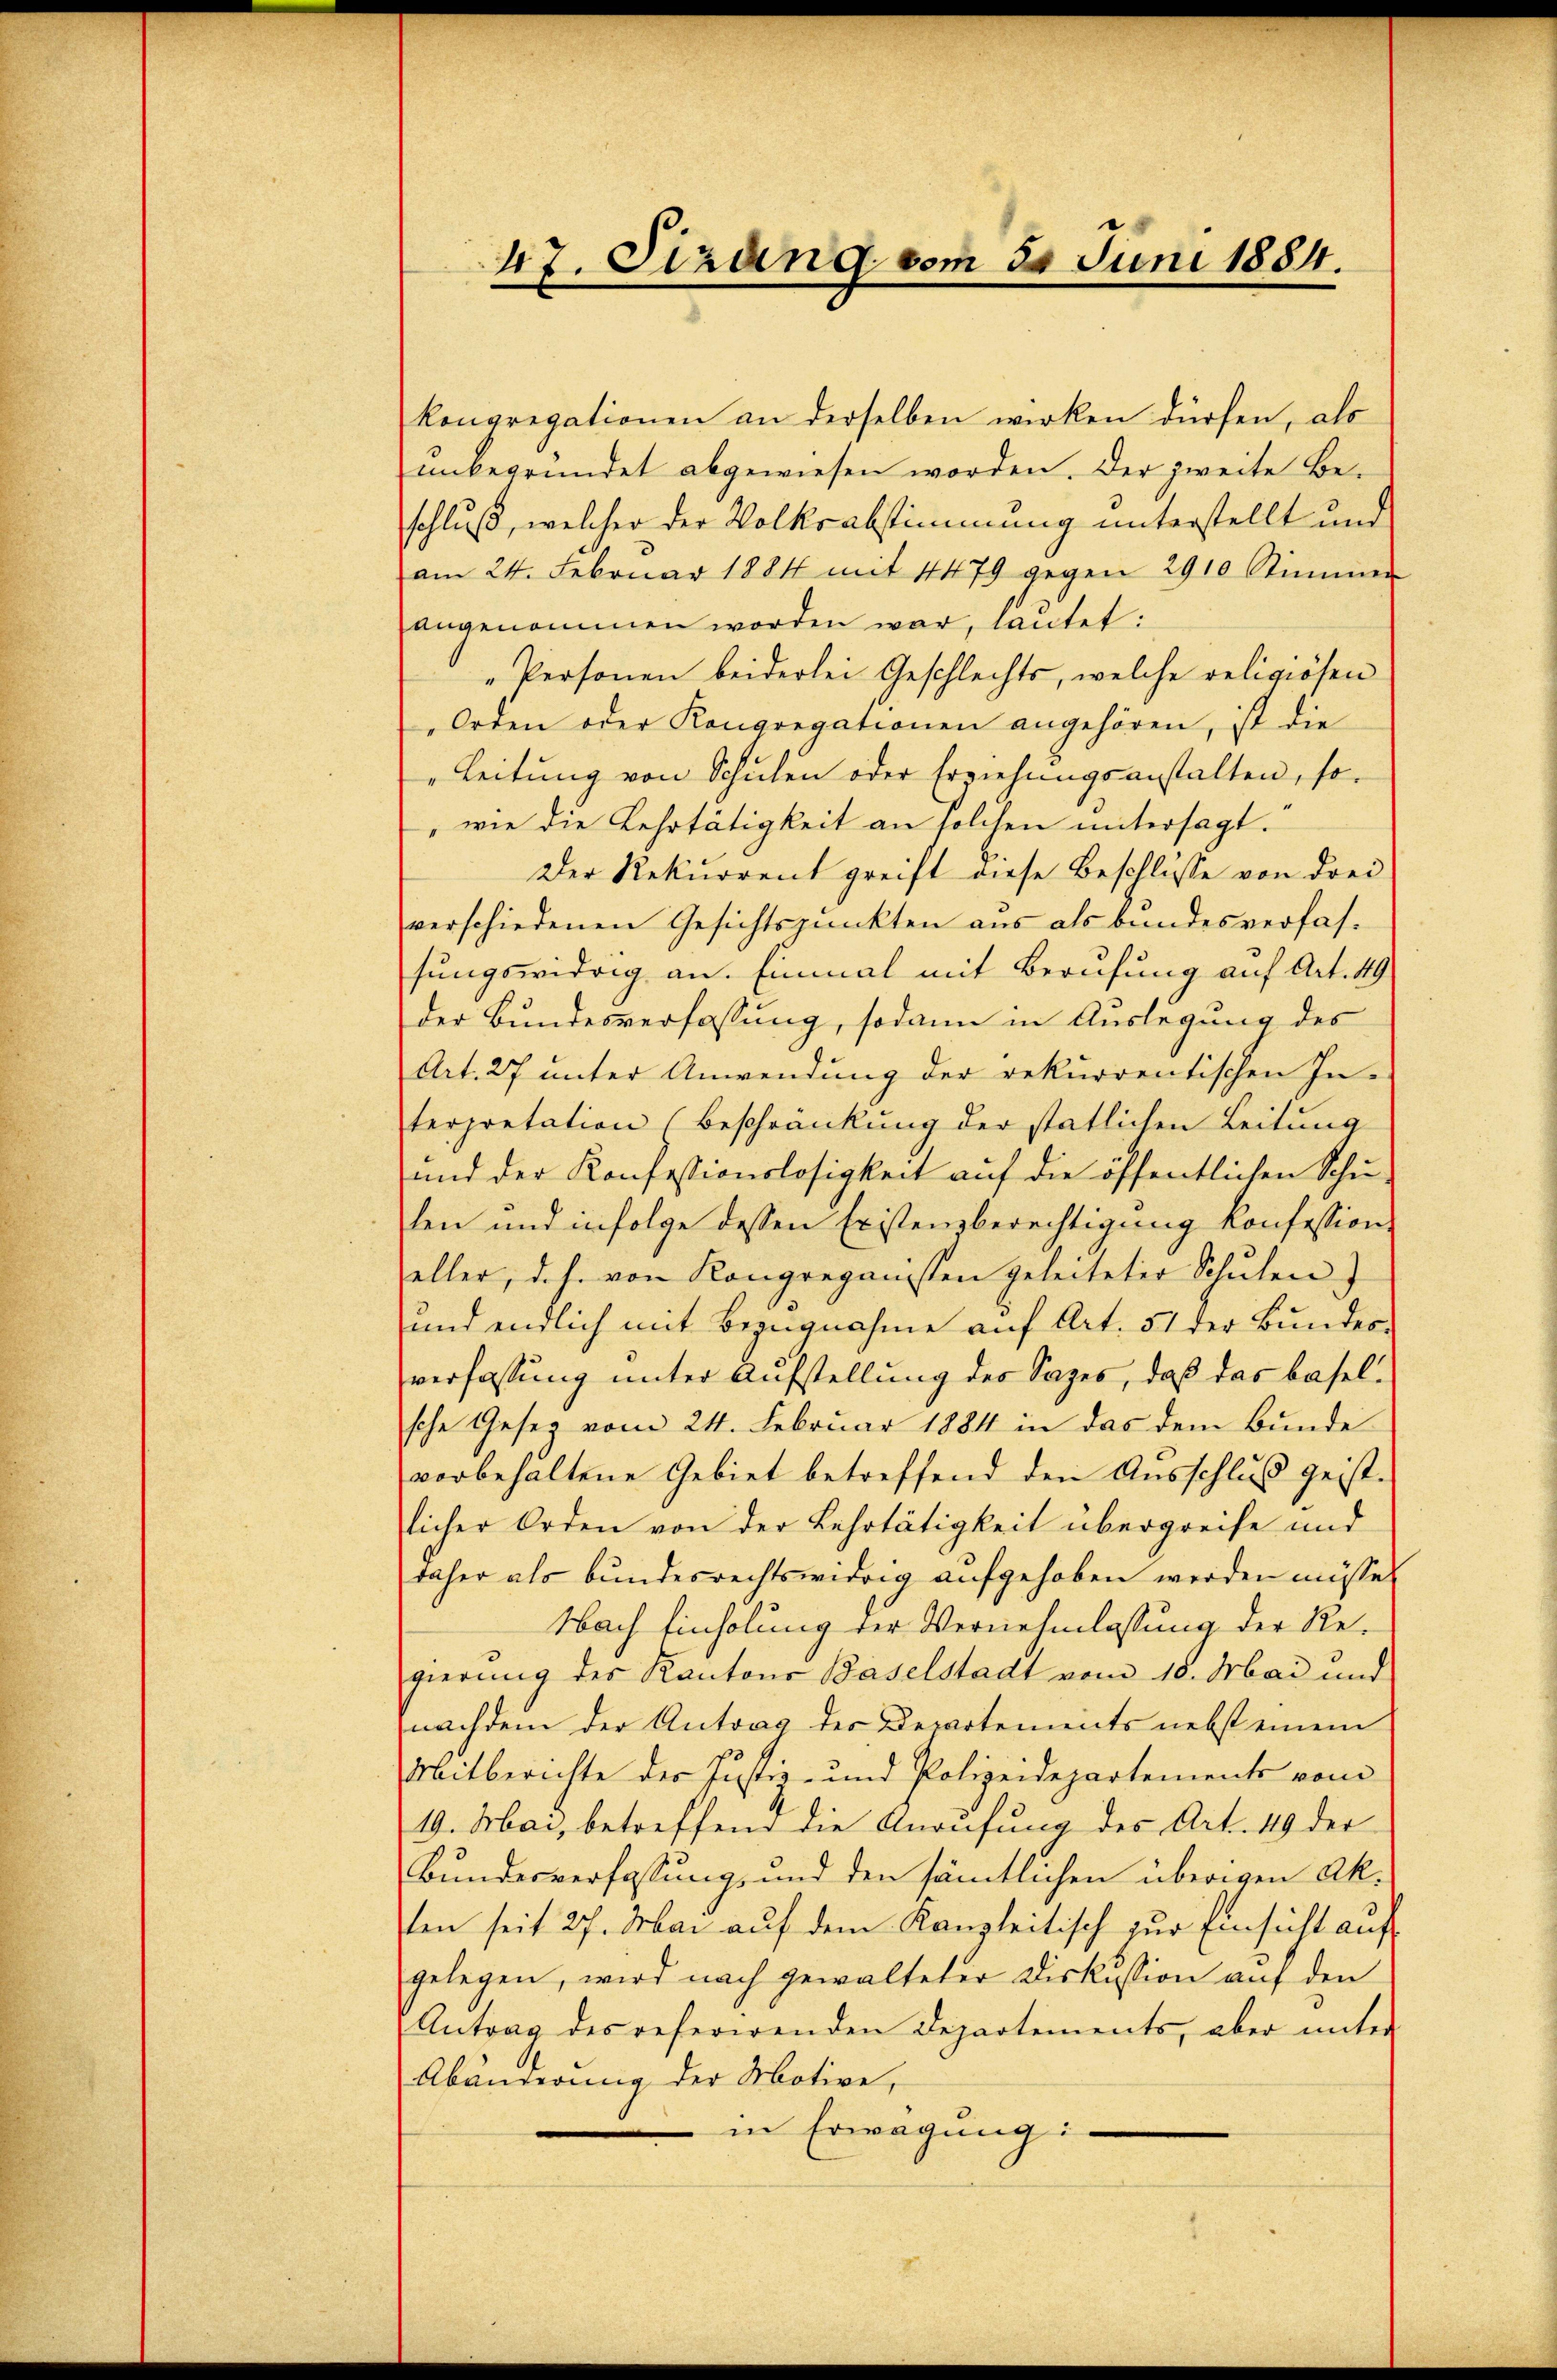
47. Sizung vom 5. Juni 1884.

kongregationen an derselben wirken dürfen, als
unbegründet abgewiesen worden. Der zweite Beschluß, welcher der Volksabstimmung unterstellt und
am 24. Februar 1884 mit 4479 gegen 2910 Stimmer
angenommen worden war, lautet:
„Personen beiderlei Geschlechts, welche religiösen
Orren oder Kongregationen angehören, ist die
"Leitung von Schulen oder Erziehungsanstalten, so
"wie die Lehrtätigkeit an solchen untersagt.
Der Rekurrent greift diese Beschlüsse von drei
verschiedenen Gesichtspunkten aus als bundesverfassungswidrig an. Einmal mit Berufung auf Art. 49
der Bundesverfassung, sodann in Auslegung des
Art. 27 unter Anwendung der rekurrentischen In-
terpretation (Beschränkung der statlichen Leitung
und der Konfessionslosigkeit auf die öffentlichen Schŭ-
len und infolge dessen Eristensberechtigung konfession
aller, d. h. von Kongreganisten geleiteter Schulen)
und endlich mit Bezugnahme auf Art. 51 der Bundes-
verfassung unter Aufstellung des Sazes, daß das Baselsche Geser vom 24. Februar 1884 in das dem Bunde
vorbehaltene Gebiet betreffend den Ausschluß geistlicher Orden von der Lehrtätigkeit übergreife und
daher als bundesrechtswidrig aufgehoben werden müsse.
Nach Einholung der Vernehmlassung der Regierung des Kantons Baselstadt vom 10. Mai und
nachdem der Antrag der Devotements nebst einem
Mitberichte der Justiz- und Polizeidepartements vom
19. Mai, betreffend die Anrufung des Art. 49 der
Bundesverfassung und den sämtlichen überigen Akten seit 27. Mai auf dem Kanzleitisch zur Einsicht auf
gelegen, wird nach gewalteter Diskussion auf den
Antrag des referirenden Departements, aber unter
Abänderung der Motive,
in Erwägung i